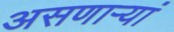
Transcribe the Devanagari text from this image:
असणाऱ्यां